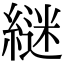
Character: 𮈵